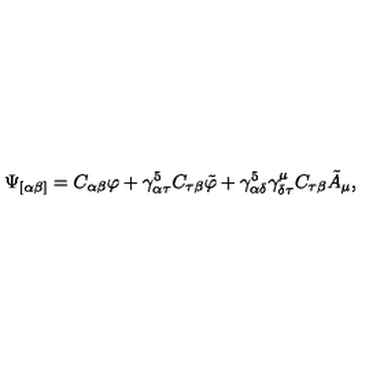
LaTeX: \Psi _ { [ \alpha \beta ] } = C _ { \alpha \beta } \varphi + \gamma _ { \alpha \tau } ^ { 5 } C _ { \tau \beta } \tilde { \varphi } + \gamma _ { \alpha \delta } ^ { 5 } \gamma _ { \delta \tau } ^ { \mu } C _ { \tau \beta } \tilde { A } _ { \mu } ,